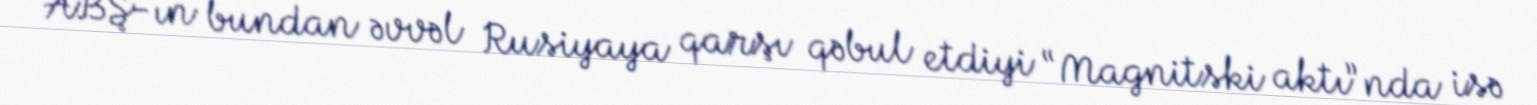
ABŞ-ın bundan əvvəl Rusiyaya qarşı qəbul etdiyi “Magnitski aktı”nda isə